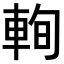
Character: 𨋮